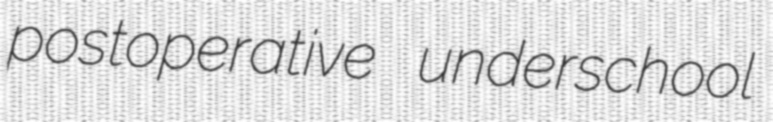
postoperative underschool